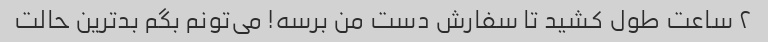
٢ ساعت طول کشید تا سفارش دست من برسه! می‌تونم بگم بد‌ترین حالت